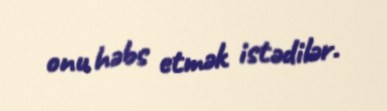
onu həbs etmək istədilər.